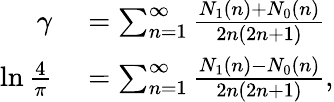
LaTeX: \begin{array}{rl}{\gamma}&{{}=\sum_{n=1}^{\infty}{\frac{N_{1}(n)+N_{0}(n)}{2n(2n+1)}}}\\ {\ln{\frac{4}{\pi}}}&{{}=\sum_{n=1}^{\infty}{\frac{N_{1}(n)-N_{0}(n)}{2n(2n+1)}},}\end{array}